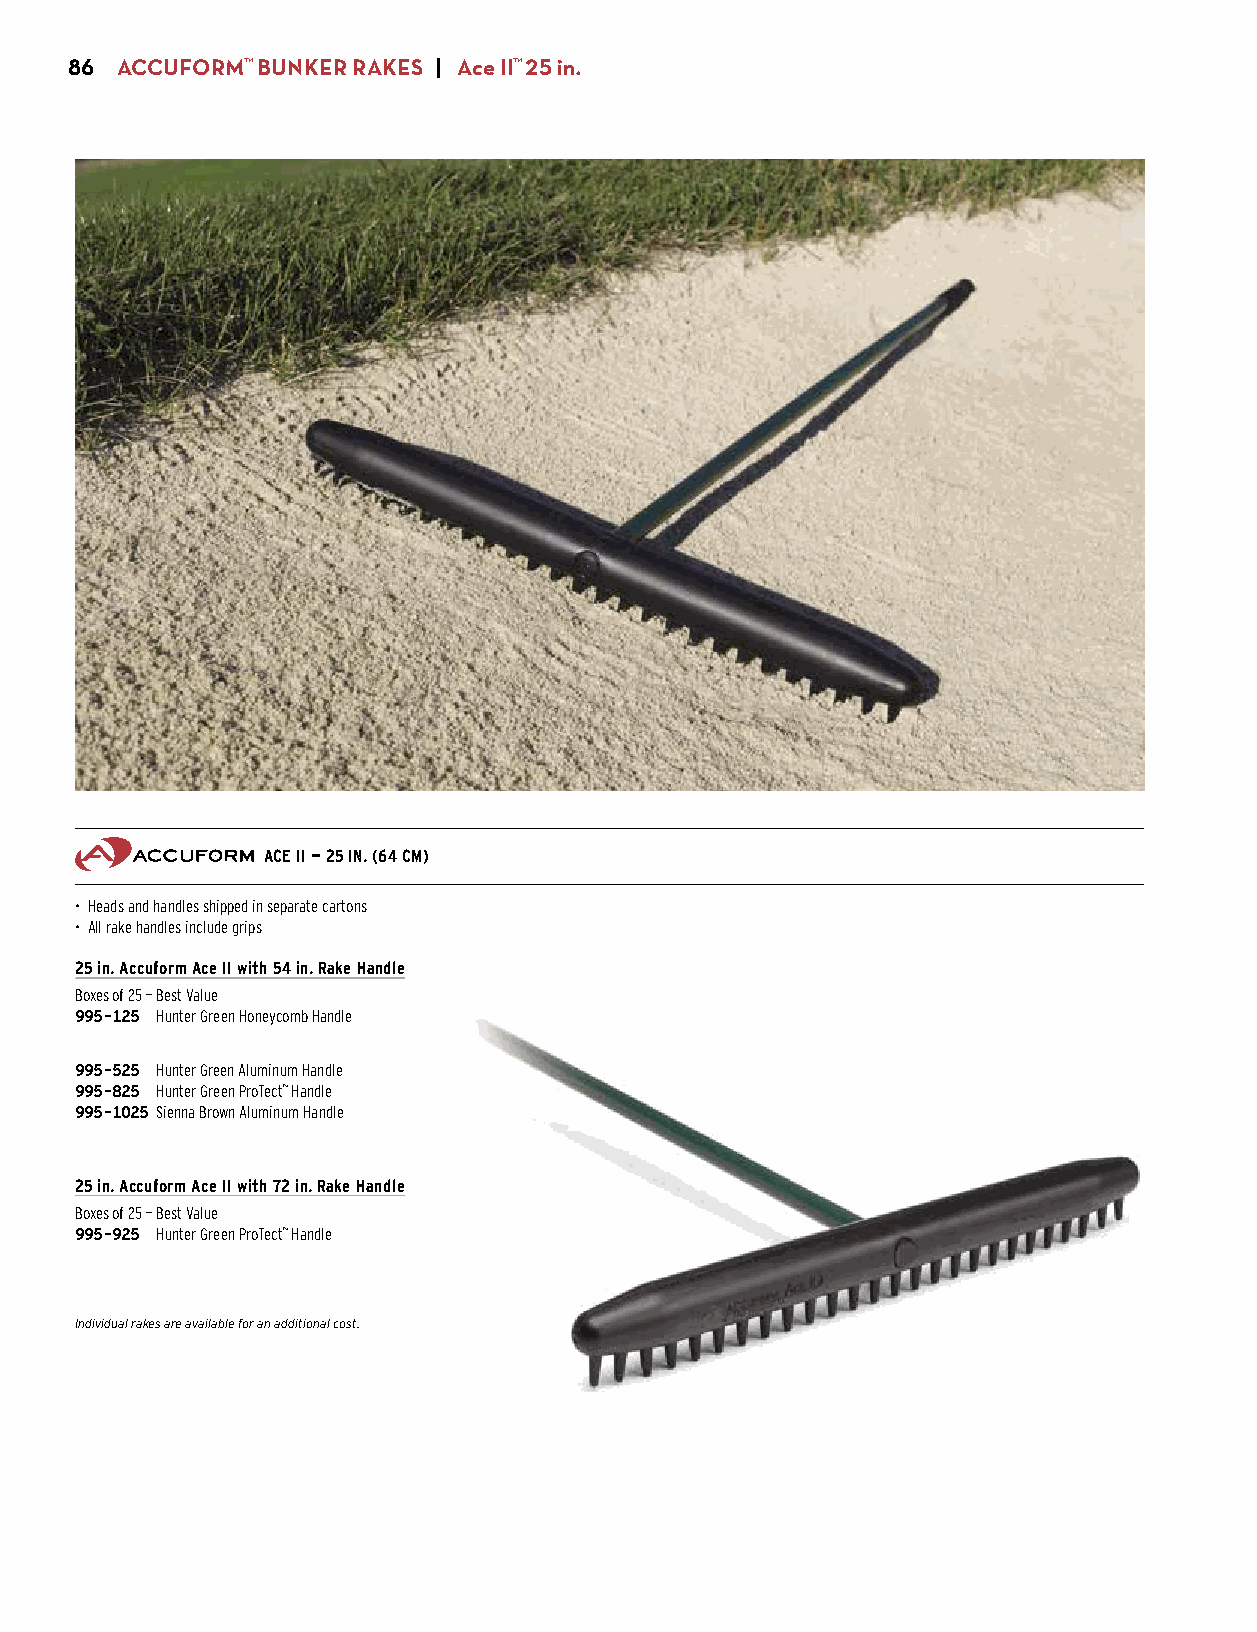
86  ACCUFORM™ BUNKER RAKES | Ace II™ 25 in.
 ACE II — 25 IN. (64 CM)
 • Heads and handles shipped in separate cartons
 • All rake handles include grips
 25 in. Accuform Ace II with 54 in. Rake Handle
 Boxes of 25 — Best Value
 995-125 Hunter Green Honeycomb Handle
 $662.50 ($26.50 ea.)
 995-525 Hunter Green Aluminum Handle
 995-825 Hunter Green ProTect™ Handle
 995-1025 Sienna Brown Aluminum Handle
 $700.00 ($28.00 ea.)
 25 in. Accuform Ace II with 72 in. Rake Handle
 Boxes of 25 — Best Value
 995-925 Hunter Green ProTect™ Handle
 $775.00 ($31.00 ea.)
 Individual rakes are available for an additional cost.